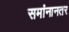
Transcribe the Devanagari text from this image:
समांनानतर